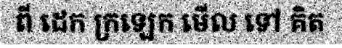
ពី ដេក ក្រឡេក មើល ទៅ គិត